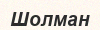
Шолман